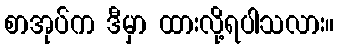
စာအုပ်က ဒီမှာ ထားလို့ရပါသလား။